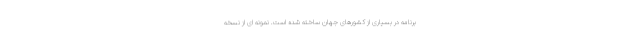
برنامه در بسیاری از کشورهای جهان ساخته شده است. نمونه ای از نسخه